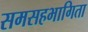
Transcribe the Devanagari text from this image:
समसहभागिता